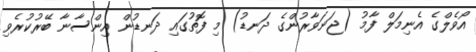
އޯވެލްގެ އެނިމަލް ފާމު (ޖަނަވާރުންގެ ދަނޑު) މި ފޮތުގައި ދަނޑުން އިންސާނާ ބޭރުކުރެވި